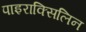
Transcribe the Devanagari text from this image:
पाइराक्सिलिन